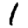
Digit: 1